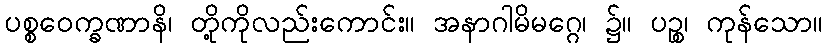
ပစ္စဝေက္ခဏာနိ၊ တို့ကိုလည်းကောင်း။ အနာဂါမိမဂ္ဂေ၊ ၌။ ပဉ္စ၊ ကုန်သော။